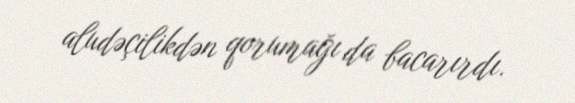
aludəçilikdən qorumağı da bacarırdı.